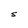
Character: S